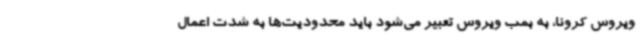
ویروس کرونا، به بمب ویروس تعبیر می‌شود باید محدودیت‌ها به شدت اعمال